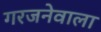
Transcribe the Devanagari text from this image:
गरजनेवाला